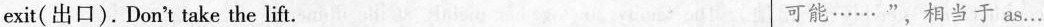
exit（出口）.Don't take the lift. 可能……"，相当于 as...